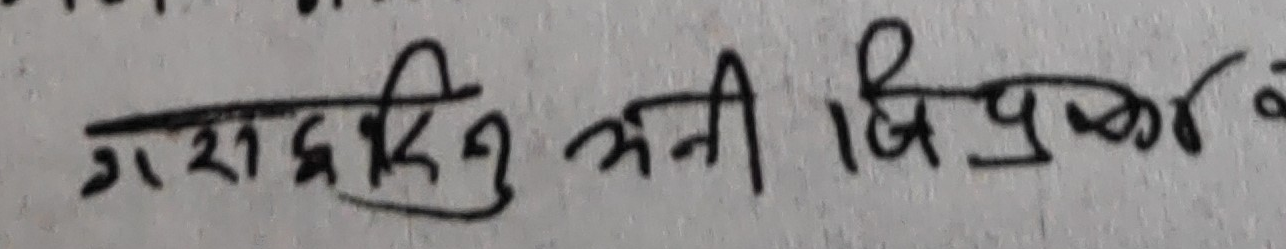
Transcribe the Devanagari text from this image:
गरसदिनु अनि बिप्र